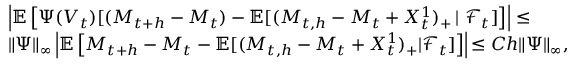
\begin{array} { r l } & { \left| \mathbb { E } \left[ \Psi ( V _ { t } ) [ ( M _ { t + h } - M _ { t } ) - \mathbb { E } [ ( M _ { t , h } - M _ { t } + X _ { t } ^ { 1 } ) _ { + } \left| \right. { \mathcal F } _ { t } ] \right] \right| \leq } \\ & { \| \Psi \| _ { \infty } \left| \mathbb { E } \left[ M _ { t + h } - M _ { t } - \mathbb { E } [ ( M _ { t , h } - M _ { t } + X _ { t } ^ { 1 } ) _ { + } | { \mathcal F } _ { t } ] \right] \right| { \leq C h \| \Psi \| _ { \infty } } , } \end{array}